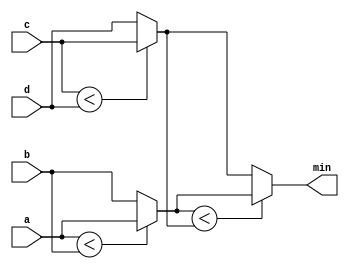
module top_module (
    input [7:0] a, b, c, d,
    output [7:0] min);//
    // assign intermediate_result1 = compare? true: false;
    wire [7:0]min_ab, min_cd;
    assign min_ab = (a < b) ? a : b; // compare a and b
    assign min_cd = (c < d) ? c : d; // compare c and d
    assign min = (min_ab < min_cd) ? min_ab : min_cd; // find the smallest value
endmodule